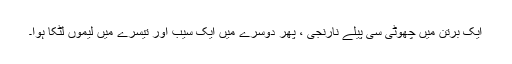
ایک برتن میں چھوٹی سی پیلے نارنجی ، پھر دوسرے میں ایک سیب اور تیسرے میں لیموں لٹکا ہوا۔